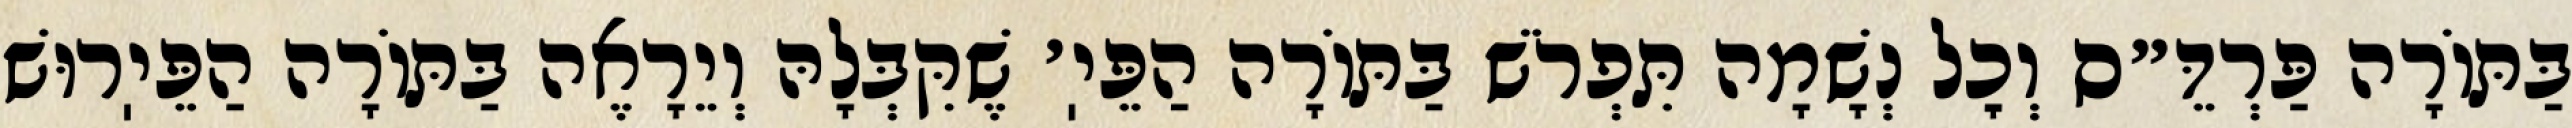
בַּתּוֹרָה פַּרְדֵּ״ס וְכׇל נְשָׁמָה תִּפְרֹשׁ בַּתּוֹרָה הַפֵּיֽ׳ שֶׁקִּבְּלָהּ וְיֵרָאֶה בַּתּוֹרָה הַפֵּיֽרוּשׁ